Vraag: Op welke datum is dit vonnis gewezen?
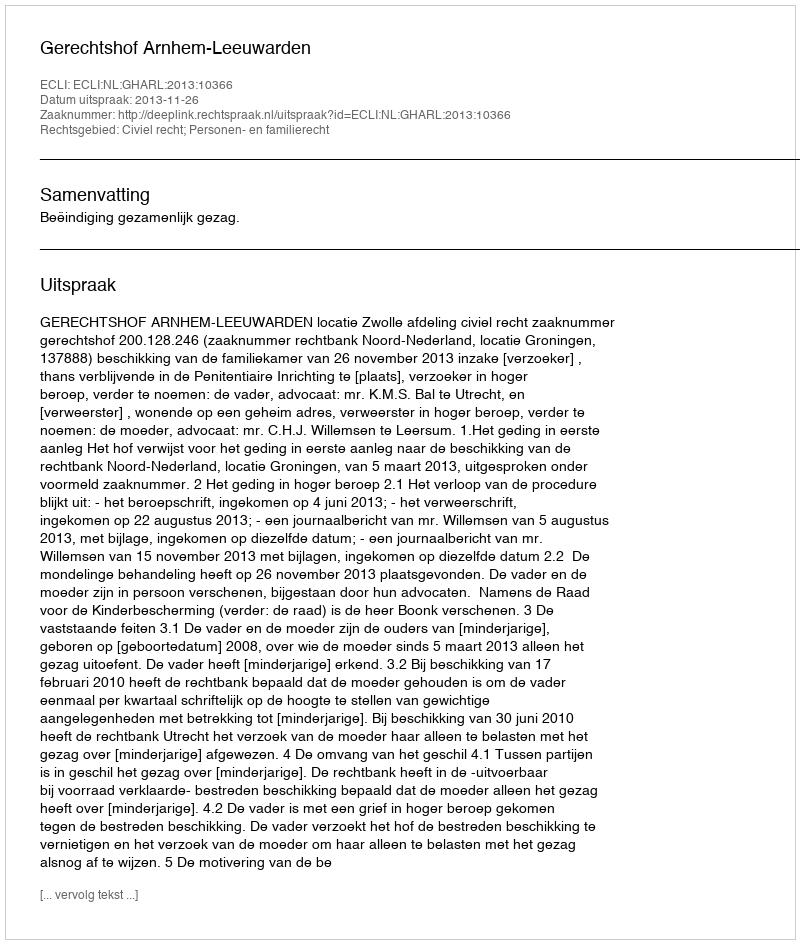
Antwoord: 2013-11-26